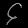
Digit: ၄